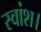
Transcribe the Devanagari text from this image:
स्वांश।